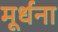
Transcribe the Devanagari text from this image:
मूर्धना